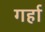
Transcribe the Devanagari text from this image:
गर्हा